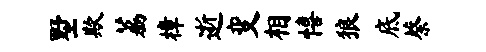
墅欺荔樟逝变相僖狼底蔡